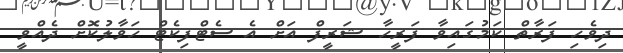
ދިވެހި ފަރާތް ކަމުގައިވާ ފަރީހާ ޝަރީފް އަށް އެ ސެޓްފިކެޓް ހަވާލުކޮށް ދެއްވީ